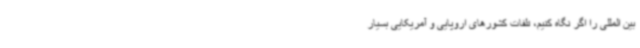
بین المللی را اگر نگاه کنیم، تلفات کشورهای اروپایی و آمریکایی بسیار